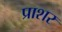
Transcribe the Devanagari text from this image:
प्राशर